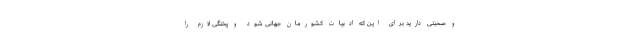
و صحبتی دارید برای این که ادبیات کشورمان جهانی شود و پختگی لازم را